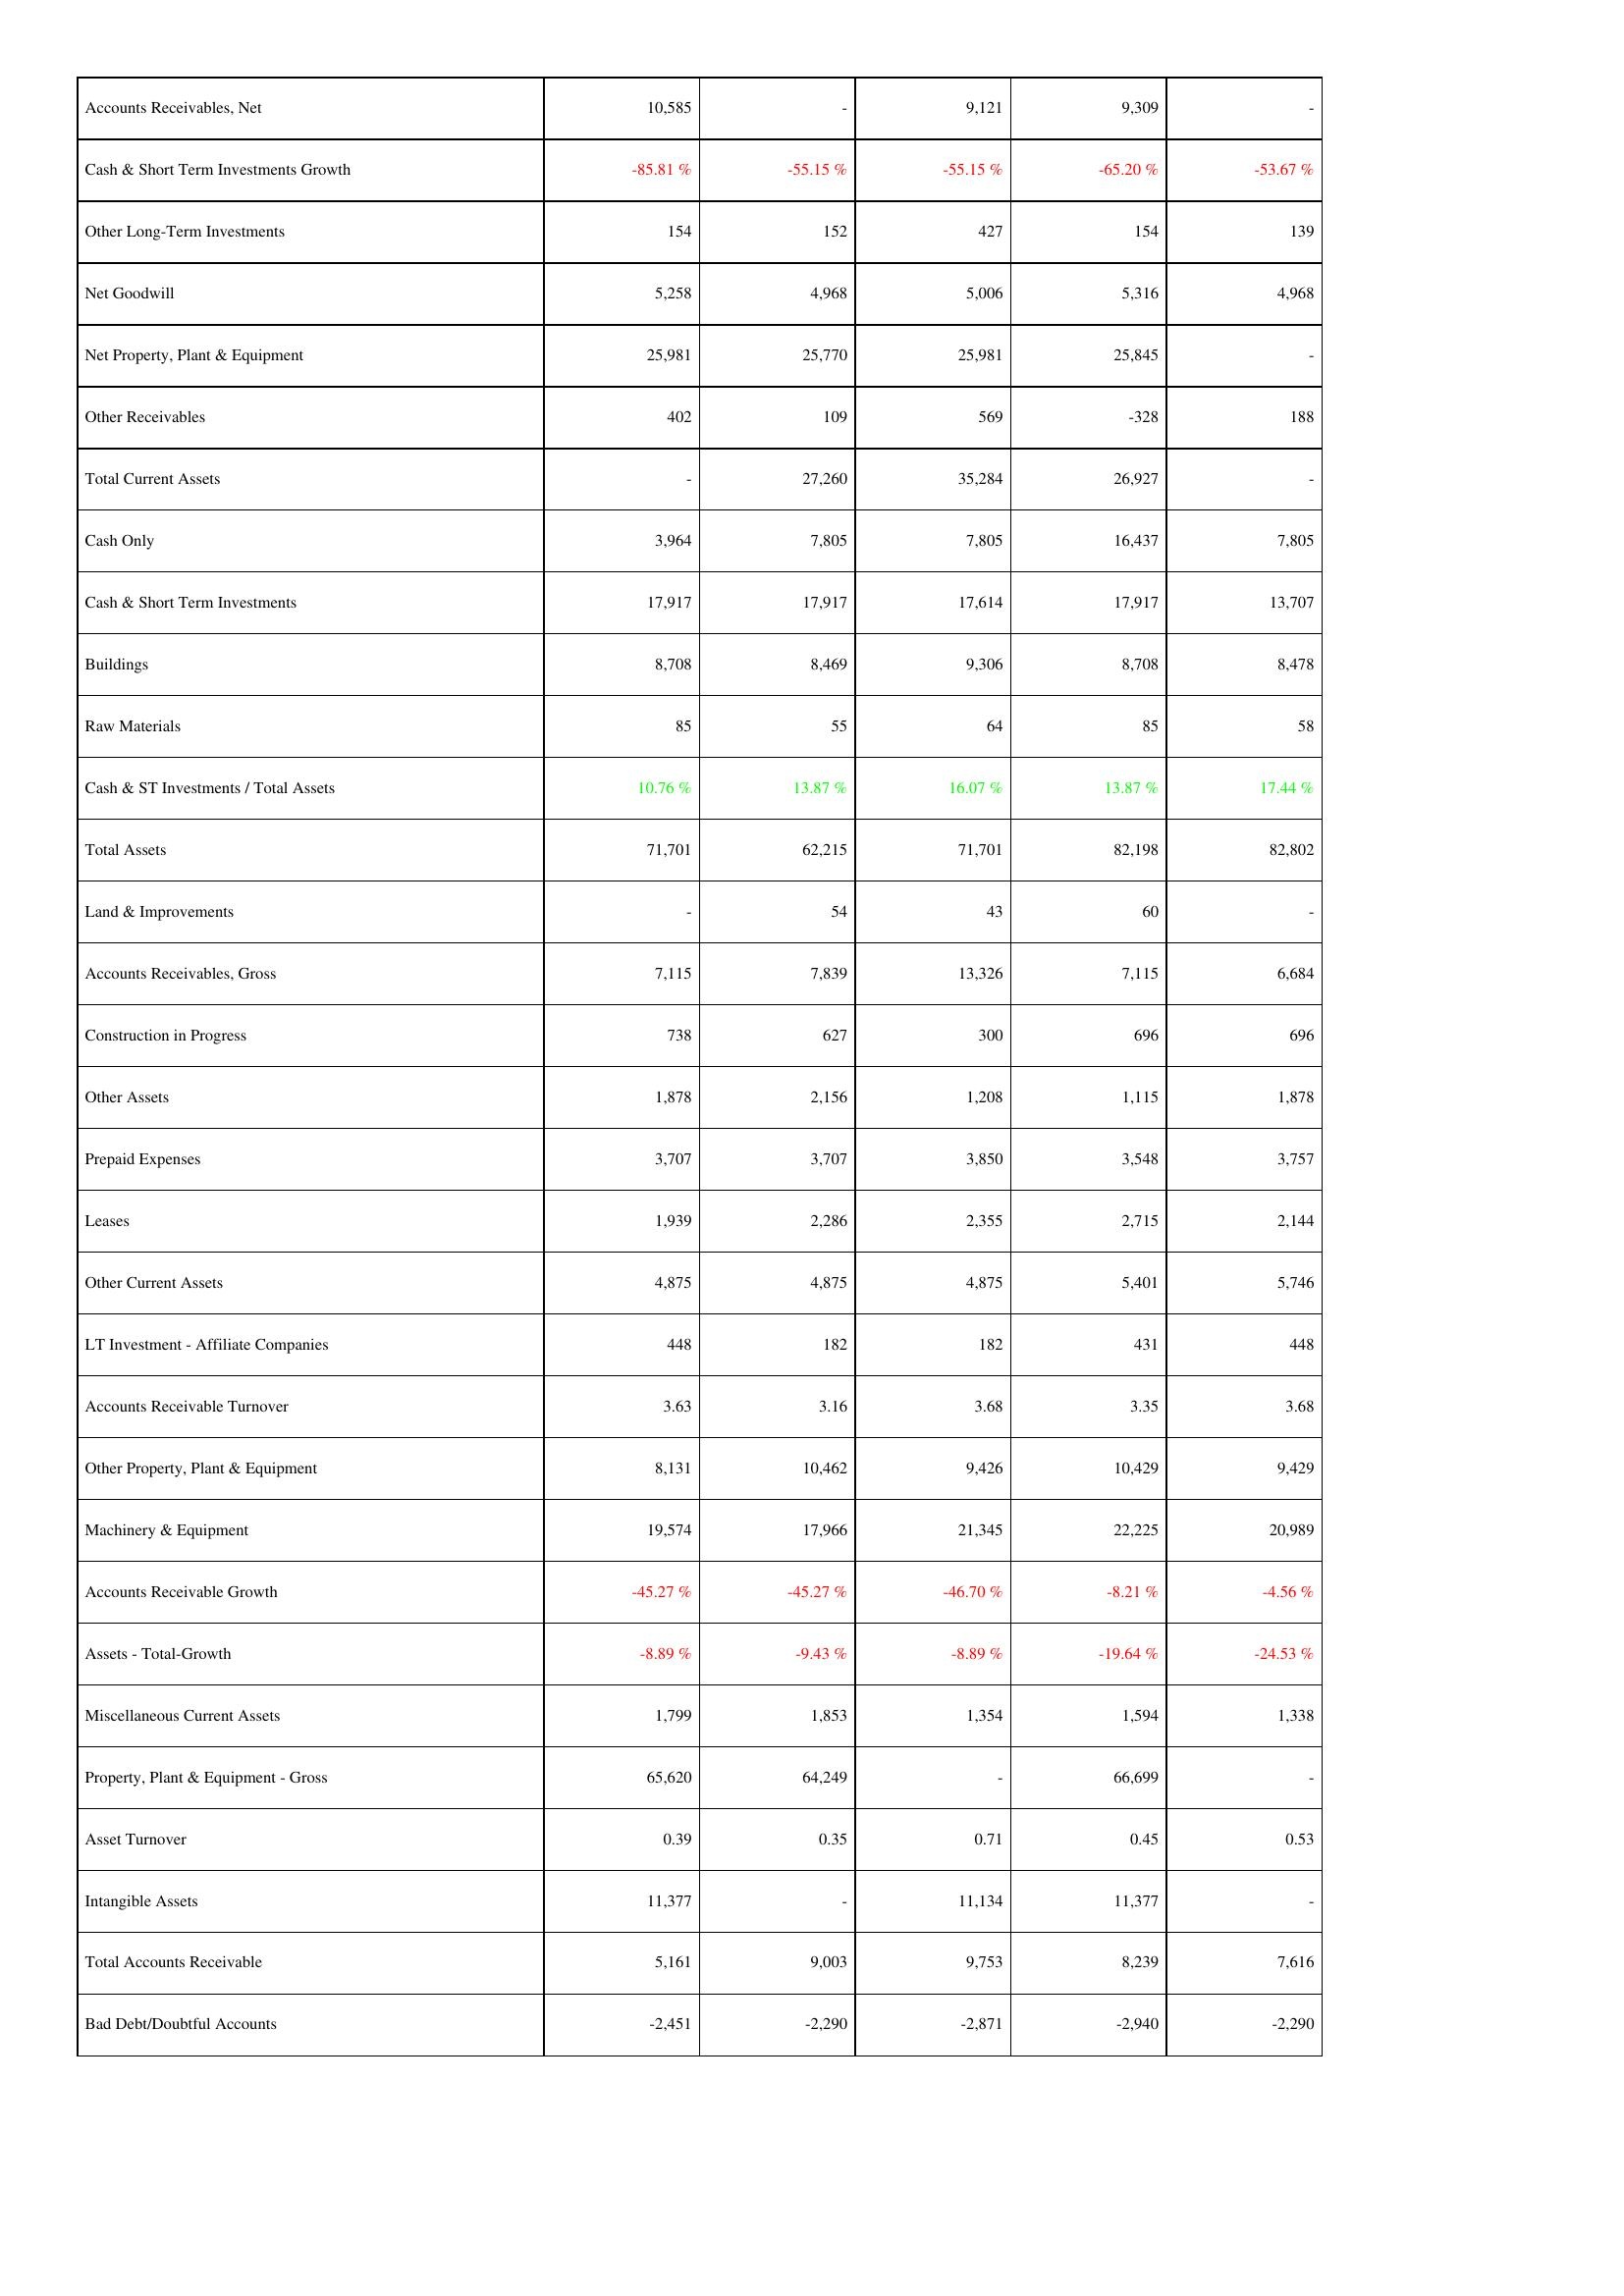
2015: Assets: Accounts Receivables, Net: 10,585
Cash & Short Term Investments Growth: -85.81 %
Other Long-Term Investments: 154
Net Goodwill: 5,258
Net Property, Plant & Equipment: 25,981
Other Receivables: 402
Total Current Assets: -
Cash Only: 3,964
Cash & Short Term Investments: 17,917
Buildings: 8,708
Raw Materials: 85
Cash & ST Investments / Total Assets: 10.76 %
Total Assets: 71,701
Land & Improvements: -
Accounts Receivables, Gross: 7,115
Construction in Progress: 738
Other Assets: 1,878
Prepaid Expenses: 3,707
Leases: 1,939
Other Current Assets: 4,875
LT Investment - Affiliate Companies: 448
Accounts Receivable Turnover: 3.63
Other Property, Plant & Equipment: 8,131
Machinery & Equipment: 19,574
Accounts Receivable Growth: -45.27 %
Assets - Total-Growth: -8.89 %
Miscellaneous Current Assets: 1,799
Property, Plant & Equipment - Gross: 65,620
Asset Turnover: 0.39
Intangible Assets: 11,377
Total Accounts Receivable: 5,161
Bad Debt/Doubtful Accounts: -2,451
2014: Assets: Accounts Receivables, Net: -
Cash & Short Term Investments Growth: -55.15 %
Other Long-Term Investments: 152
Net Goodwill: 4,968
Net Property, Plant & Equipment: 25,770
Other Receivables: 109
Total Current Assets: 27,260
Cash Only: 7,805
Cash & Short Term Investments: 17,917
Buildings: 8,469
Raw Materials: 55
Cash & ST Investments / Total Assets: 13.87 %
Total Assets: 62,215
Land & Improvements: 54
Accounts Receivables, Gross: 7,839
Construction in Progress: 627
Other Assets: 2,156
Prepaid Expenses: 3,707
Leases: 2,286
Other Current Assets: 4,875
LT Investment - Affiliate Companies: 182
Accounts Receivable Turnover: 3.16
Other Property, Plant & Equipment: 10,462
Machinery & Equipment: 17,966
Accounts Receivable Growth: -45.27 %
Assets - Total-Growth: -9.43 %
Miscellaneous Current Assets: 1,853
Property, Plant & Equipment - Gross: 64,249
Asset Turnover: 0.35
Intangible Assets: -
Total Accounts Receivable: 9,003
Bad Debt/Doubtful Accounts: -2,290
2013: Assets: Accounts Receivables, Net: 9,121
Cash & Short Term Investments Growth: -55.15 %
Other Long-Term Investments: 427
Net Goodwill: 5,006
Net Property, Plant & Equipment: 25,981
Other Receivables: 569
Total Current Assets: 35,284
Cash Only: 7,805
Cash & Short Term Investments: 17,614
Buildings: 9,306
Raw Materials: 64
Cash & ST Investments / Total Assets: 16.07 %
Total Assets: 71,701
Land & Improvements: 43
Accounts Receivables, Gross: 13,326
Construction in Progress: 300
Other Assets: 1,208
Prepaid Expenses: 3,850
Leases: 2,355
Other Current Assets: 4,875
LT Investment - Affiliate Companies: 182
Accounts Receivable Turnover: 3.68
Other Property, Plant & Equipment: 9,426
Machinery & Equipment: 21,345
Accounts Receivable Growth: -46.70 %
Assets - Total-Growth: -8.89 %
Miscellaneous Current Assets: 1,354
Property, Plant & Equipment - Gross: -
Asset Turnover: 0.71
Intangible Assets: 11,134
Total Accounts Receivable: 9,753
Bad Debt/Doubtful Accounts: -2,871
2012: Assets: Accounts Receivables, Net: 9,309
Cash & Short Term Investments Growth: -65.20 %
Other Long-Term Investments: 154
Net Goodwill: 5,316
Net Property, Plant & Equipment: 25,845
Other Receivables: -328
Total Current Assets: 26,927
Cash Only: 16,437
Cash & Short Term Investments: 17,917
Buildings: 8,708
Raw Materials: 85
Cash & ST Investments / Total Assets: 13.87 %
Total Assets: 82,198
Land & Improvements: 60
Accounts Receivables, Gross: 7,115
Construction in Progress: 696
Other Assets: 1,115
Prepaid Expenses: 3,548
Leases: 2,715
Other Current Assets: 5,401
LT Investment - Affiliate Companies: 431
Accounts Receivable Turnover: 3.35
Other Property, Plant & Equipment: 10,429
Machinery & Equipment: 22,225
Accounts Receivable Growth: -8.21 %
Assets - Total-Growth: -19.64 %
Miscellaneous Current Assets: 1,594
Property, Plant & Equipment - Gross: 66,699
Asset Turnover: 0.45
Intangible Assets: 11,377
Total Accounts Receivable: 8,239
Bad Debt/Doubtful Accounts: -2,940
2011: Assets: Accounts Receivables, Net: -
Cash & Short Term Investments Growth: -53.67 %
Other Long-Term Investments: 139
Net Goodwill: 4,968
Net Property, Plant & Equipment: -
Other Receivables: 188
Total Current Assets: -
Cash Only: 7,805
Cash & Short Term Investments: 13,707
Buildings: 8,478
Raw Materials: 58
Cash & ST Investments / Total Assets: 17.44 %
Total Assets: 82,802
Land & Improvements: -
Accounts Receivables, Gross: 6,684
Construction in Progress: 696
Other Assets: 1,878
Prepaid Expenses: 3,757
Leases: 2,144
Other Current Assets: 5,746
LT Investment - Affiliate Companies: 448
Accounts Receivable Turnover: 3.68
Other Property, Plant & Equipment: 9,429
Machinery & Equipment: 20,989
Accounts Receivable Growth: -4.56 %
Assets - Total-Growth: -24.53 %
Miscellaneous Current Assets: 1,338
Property, Plant & Equipment - Gross: -
Asset Turnover: 0.53
Intangible Assets: -
Total Accounts Receivable: 7,616
Bad Debt/Doubtful Accounts: -2,290